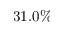
3 1 . 0 \%